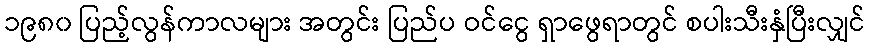
၁၉၈၀ ပြည့်လွန်ကာလများ အတွင်း ပြည်ပ ဝင်ငွေ ရှာဖွေရာတွင် စပါးသီးနှံပြီးလျှင်